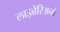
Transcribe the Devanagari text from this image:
लाइब्रेरिअनों